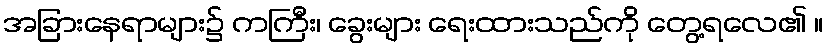
အခြားနေရာများ၌ ကကြီး၊ ခွေးများ ရေးထားသည်ကို တွေ့ရလေ၏ ။